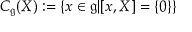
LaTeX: C _ { \mathfrak { g } } ( X ) : = \{ x \in { \mathfrak { g } } | [ x , X ] = \{ 0 \} \}